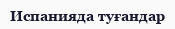
Испанияда туғандар